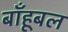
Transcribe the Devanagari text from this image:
बाँहूबल